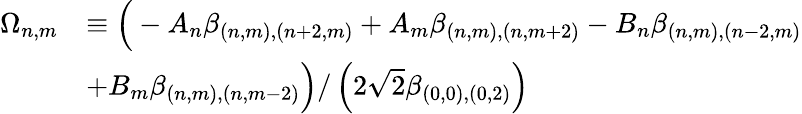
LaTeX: \begin{array}{rl}{\Omega_{n,m}}&{\equiv\Big(-A_{n}\beta_{(n,m),(n+2,m)}+A_{m}\beta_{(n,m),(n,m+2)}-B_{n}\beta_{(n,m),(n-2,m)}}\\ &{+B_{m}\beta_{(n,m),(n,m-2)}\Big)/\left(2\sqrt{2}\beta_{(0,0),(0,2)}\right)}\end{array}